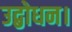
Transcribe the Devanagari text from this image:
उद्बोधन।